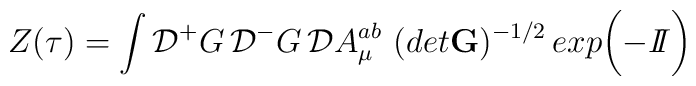
Z(\tau)= \int {\cal D}{^+} G\, {\cal D} {^-}G \, {\cal D} A^{ab}_\mu\,\,(det {\bf G})^{-1/2}\, exp \bigg({- {I\!\!I}} \bigg)